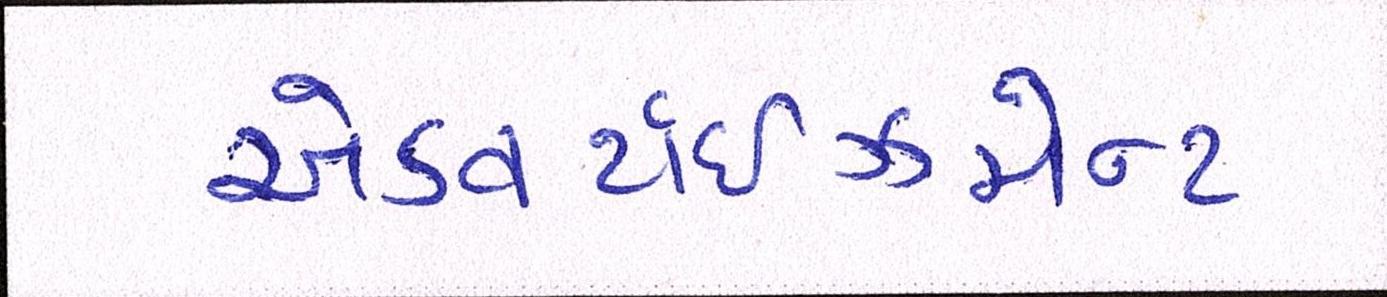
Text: એડવર્ટાઇઝમેન્ટ